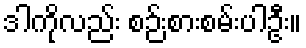
ဒါကိုလည်း စဉ်းစားစမ်းပါဦး။